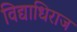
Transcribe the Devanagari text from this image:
विद्याधिराज